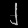
Digit: ၂